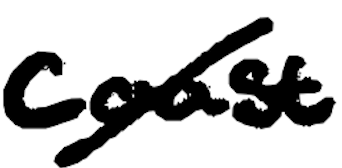
Text: Coast
Cross-out: diagonal
Writing tool: digital_black